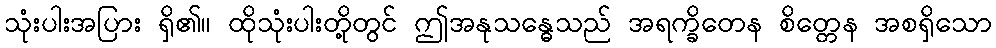
သုံးပါးအပြား ရှိ၏။ ထိုသုံးပါးတို့တွင် ဤအနုသန္ဓေသည် အရက္ခိတေန စိတ္တေန အစရှိသော